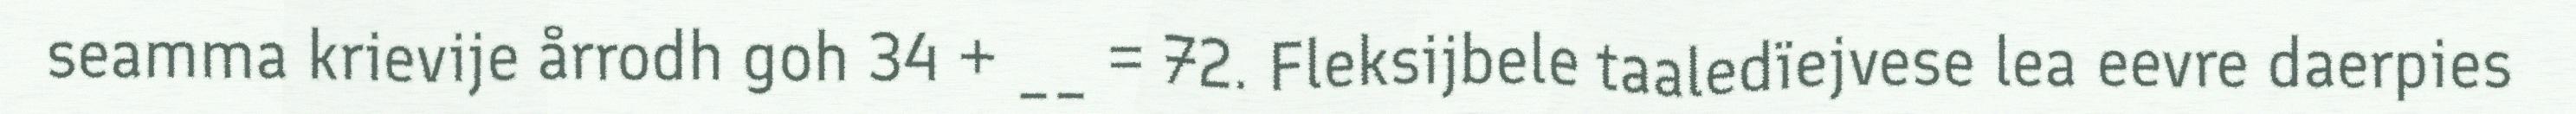
seamma krievije årrodh goh 34 + __ = 72. Fleksijbele taaledïejvese lea eevre daerpies